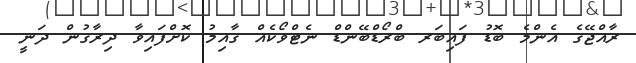
ރާއްޖޭގެ އެންމެ ބޮޑު ފައިބަރ ބްރޯޑްބޭންޑް ނެޓްވޯކެއް ގާއިމު ކޮށްފައިވާ ދިރާގުން ދަނީ